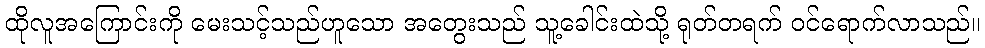
ထိုလူအကြောင်းကို မေးသင့်သည်ဟူသော အတွေးသည် သူ့ခေါင်းထဲသို့ ရုတ်တရက် ဝင်ရောက်လာသည်။